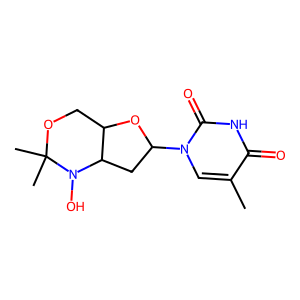
SMILES: Cc1cn(C2CC3C(COC(C)(C)N3O)O2)c(=O)[nH]c1=O
Inhibits HIV replication: Yes